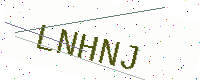
Text: LNHNJ